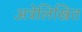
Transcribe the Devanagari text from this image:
अत्रेलिखित